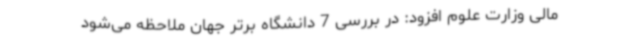
مالی وزارت علوم افزود: در بررسی 7 دانشگاه برتر جهان ملاحظه می‌شود